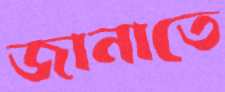
জানাতে